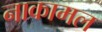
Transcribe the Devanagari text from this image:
नाकामल